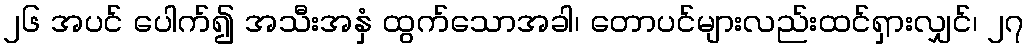
၂၆ အပင် ပေါက်၍ အသီးအနှံ ထွက်သောအခါ၊ တောပင်များလည်းထင်ရှားလျှင်၊ ၂၇